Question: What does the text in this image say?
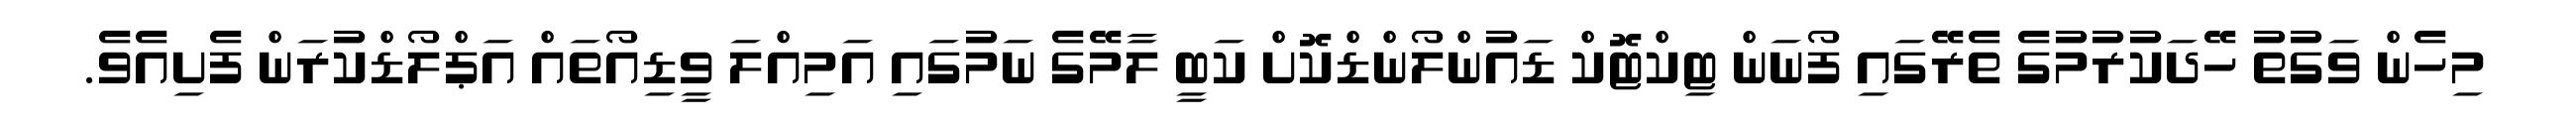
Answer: މިހެން ވަގުތު ހޭދަކުރުމުގެ ތެރޭގައި ފޯނަން ޓިކްޓޮކް ޑައުންލޯންޑްކޮށް ކަބީ ލާމޭގެ ނަމުގައި އަމިއްލަ ވީޑިއޯތައް އަޕްލޯޑްކުރަން ފެށިއެވެ.